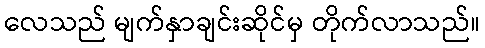
လေသည် မျက်နှာချင်းဆိုင်မှ တိုက်လာသည်။